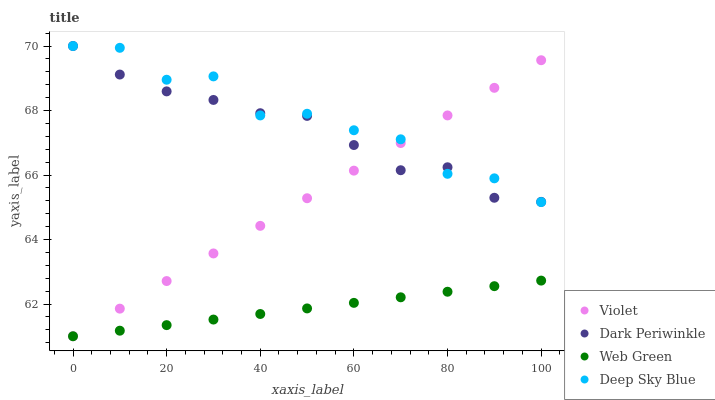
| xaxis_label | Violet | Dark Periwinkle | Web Green | Deep Sky Blue |
 | --- | --- | --- | --- | --- |
 | 0 | 61 | 70 | 61 | 70 |
 | 10 | 61.9 | 69.1 | 61.2 | 69.9 |
 | 20 | 62.7 | 68.6 | 61.3 | 69 |
 | 30 | 63.6 | 68.3 | 61.5 | 69.1 |
 | 40 | 64.4 | 67.9 | 61.7 | 67.8 |
 | 50 | 65.3 | 67.8 | 61.9 | 67.9 |
 | 60 | 66.1 | 66.9 | 62 | 67.4 |
 | 70 | 67 | 66.1 | 62.2 | 67.1 |
 | 80 | 67.8 | 66.2 | 62.4 | 66 |
 | 90 | 68.7 | 65.3 | 62.6 | 65.9 |
 | 100 | 69.6 | 65.2 | 62.7 | 65.2 |